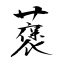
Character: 藵